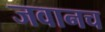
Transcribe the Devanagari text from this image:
जवानच